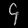
Digit: ၄